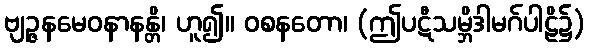
ဗျဉ္ဇနမေဝနာနန္တိ၊ ဟူ၍။ ဝစနတော၊ (ဤပဋီသမ္ဘိဒါမဂ်ပါဠိ၌)